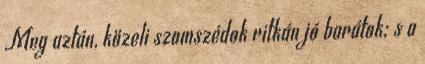
Meg aztán, közeli szomszédok ritkán jó barátok; s a